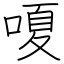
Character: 嗄